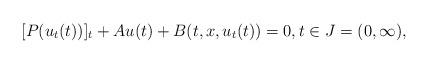
LaTeX: \begin{align*}\small[P(u_t(t))]_t + A u(t) + B(t , x , u_t(t)) =0,t\in J=(0,\infty), \end{align*}